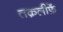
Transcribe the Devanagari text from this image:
तक़लीफ़ें